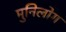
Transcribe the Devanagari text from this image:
मुनिलोग